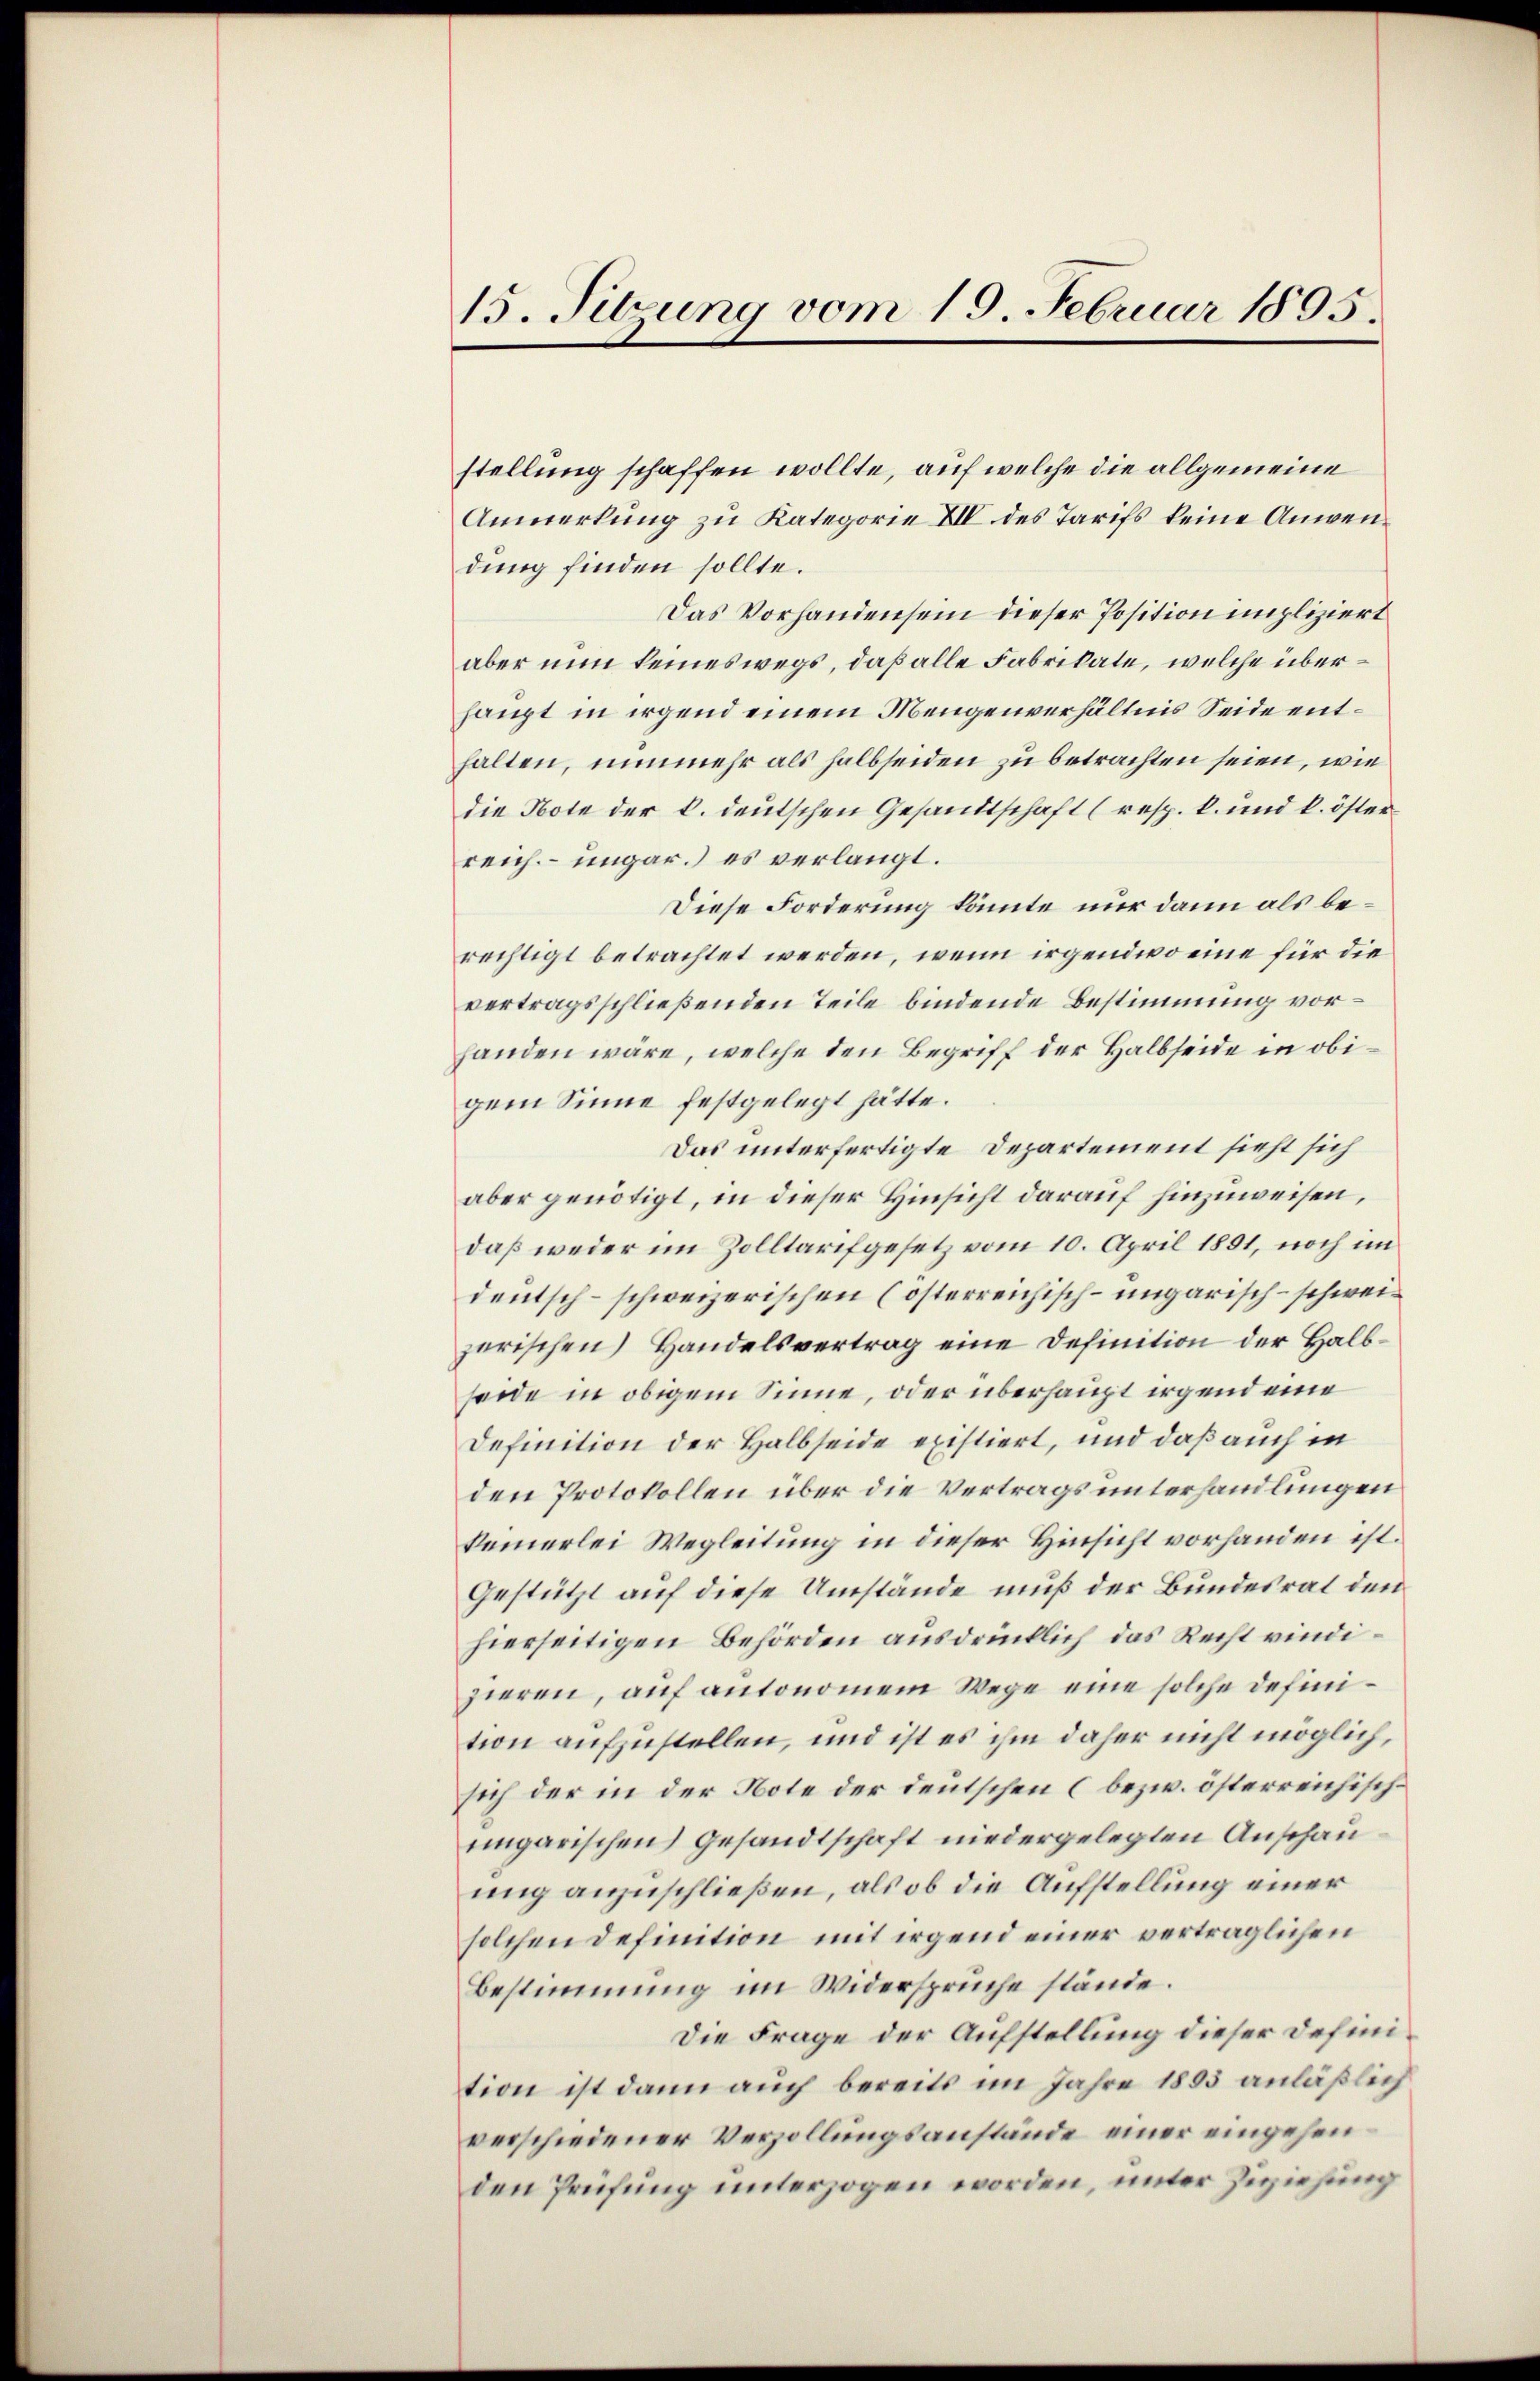
15. Sitzung vom 19. Februar 1805.

stellung schaffen wollte, auf welche die allgemeine
Anmerkung zu Kategorie XIV des Tarifs keine Anwendung finden sollte.
Das Vorhanden sein dieser Position impliziert
aber nun keineswegs, daß alle Fabrikate, welche überhaupt in irgend einem Mengenverhältnis Seide enthalten, nunmehr als halbseiden zu betrachten seien, wie
die Note der l. deutschen Gesandtschaft (resp. k. und k. österreich ungar.) es verlangt.
Diese Forderung könnte nur dann als berechtigt betrachtet werden, wenn irgendwo eine für die
vertragsschließenden Teile bindende Bestimmung vorhanden wäre, welche den Begriff der Halbseide in obigem Sinne festgelegt hätte.
Das unterfertigte Departement sieht sich
aber genötigt, in dieser Hinsicht darauf hinzuweisen,
daß weder im Zolltarifgesetz vom 10. April 1891, noch im
deutsch-schweizerischen (österreichisch-ungarisch-schweizerischen Handelsvertrag eine Definition der Halbseide in obigem Sinne, oder überhaupt irgend eine
Definition der Halbseide existiert, und daß auch in
den Protokollen über die Vertrags unterhandlungen
keinerlei Wegleitung in dieser Hinsicht vorhanden ist.
Gestützt auf diese Umstände muß der Bundesrat den
hierseitigen Behörden ausdrücklich das Recht vindizieren, auf antonomem Wege eine solche definition aufzustellen, und ist es ihm daher nicht möglich,
sich der in der Note der deutschen (bezw. österreichischungarischen Gesandtschaft niedergelegten Anschau
ung anzuschließen, als ob die Aufstellung einer
solchen Definition mit irgend einer verträglichen
Bestimmung im Widersprüche stände.
Die Frage der Aufstellung dieser Definition ist dann auch bereits im Jahre 1895 anläßlich
verschiedener Verzollungsanstände einer eingehen.
den Prüfung unterzogen worden, unter Zuziehung